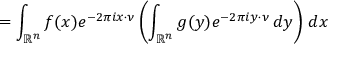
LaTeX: = \int _ { \mathbb { R } ^ { n } } f ( x ) e ^ { - 2 \pi i x \cdot \nu } \left( \int _ { \mathbb { R } ^ { n } } g ( y ) e ^ { - 2 \pi i y \cdot \nu } \, d y \right) \, d x